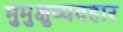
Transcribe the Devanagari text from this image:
मुमुक्षुव्यवहार